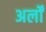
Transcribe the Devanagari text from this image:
अर्लों